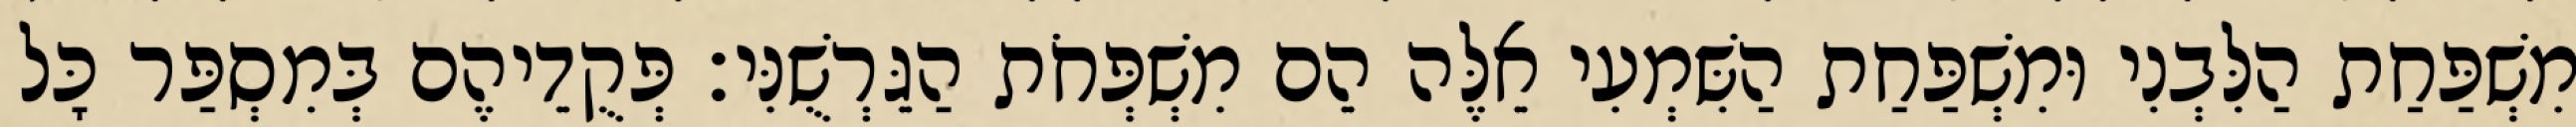
מִשְׁפַּחַת הַלִּבְנִי וּמִשְׁפַּחַת הַשִּׁמְעִי אֵלֶּה הֵם מִשְׁפְּחֹת הַגֵּרְשֻׁנִּי׃ פְּקֻדֵיהֶם בְּמִסְפַּר כָּל